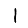
Digit: 1